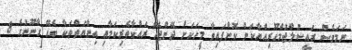
ނަމަވެސް ރައީސުލްޖުމްހޫރިއްޔާކަން ކޮށްފައިވާ މީހަަކަށް ދޭންޖެހޭ ރައްކާތެރިކަމާއި އިނާޔަތްތަކާ ބެހޭ ގާނޫނުގެ 8